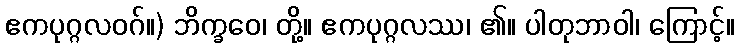
ဧကပုဂ္ဂလဝဂ်။) ဘိက္ခဝေ၊ တို့။ ဧကပုဂ္ဂလဿ၊ ၏။ ပါတုဘာဝါ၊ ကြောင့်။